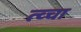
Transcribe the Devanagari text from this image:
त्व्चा